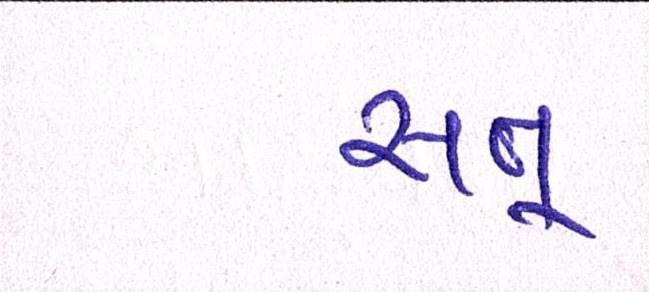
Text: સત્